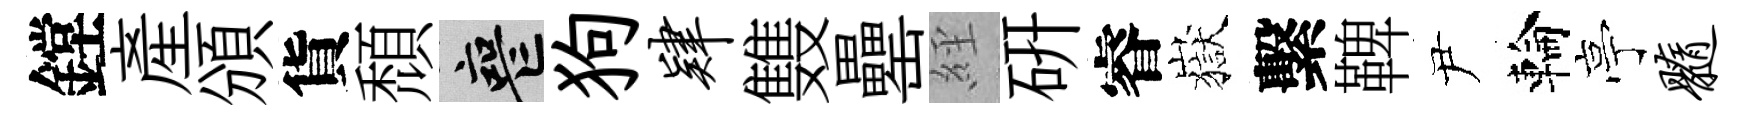
鏜産頒貨頹喪狗肄䨇罍𦀇硏睿嶽繫鞞尹輪亭髓